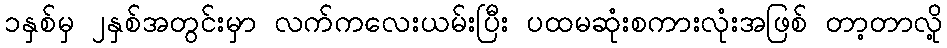
၁နှစ်မှ ၂နှစ်အတွင်းမှာ လက်ကလေးယမ်းပြီး ပထမဆုံးစကားလုံးအဖြစ် တာ့တာလို့